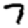
Digit: 7